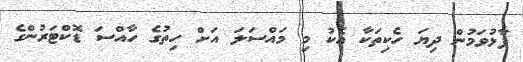
ފާޅުވަމުން ދިޔަ ހެކިތަކާ އެކު މި މައްސަލަ އަށް ހިތުގެ ހާއްސަ ޑޮކްޓަރުންގެ